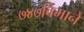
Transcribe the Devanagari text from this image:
७४७विमाने